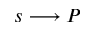
s \longrightarrow P